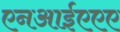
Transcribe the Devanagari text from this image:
एनआईएएए